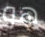
هو